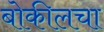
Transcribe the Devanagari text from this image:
बोकीलचा